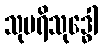
သုပရိသုဒ္ဓေါ